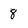
Character: 8